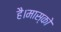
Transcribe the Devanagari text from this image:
है।मास्को